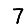
Digit: 7